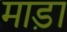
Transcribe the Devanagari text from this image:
माड़ा